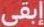
إبقى